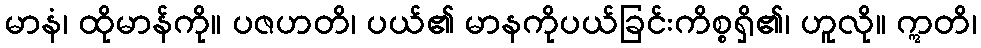
မာနံ၊ ထိုမာန်ကို။ ပဇဟတိ၊ ပယ်၏ မာနကိုပယ်ခြင်းကိစ္စရှိ၏၊ ဟူလို။ ဣတိ၊